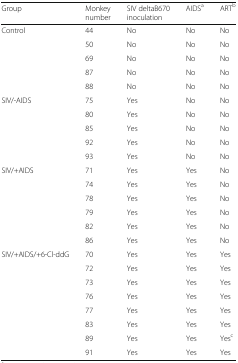
<table><thead><tr><td><b>Group</b></td><td><b>Monkey number</b></td><td><b>SIV deltaB670 inoculation</b></td><td><b>AIDS<sup>a</sup></b></td><td><b>ART<sup>b</sup></b></td></tr></thead><tbody><tr><td rowspan="5">Control</td><td>44</td><td>No</td><td>No</td><td>No</td></tr><tr><td>50</td><td>No</td><td>No</td><td>No</td></tr><tr><td>69</td><td>No</td><td>No</td><td>No</td></tr><tr><td>87</td><td>No</td><td>No</td><td>No</td></tr><tr><td>88</td><td>No</td><td>No</td><td>No</td></tr><tr><td rowspan="5">SIV/-AIDS</td><td>75</td><td>Yes</td><td>No</td><td>No</td></tr><tr><td>80</td><td>Yes</td><td>No</td><td>No</td></tr><tr><td>85</td><td>Yes</td><td>No</td><td>No</td></tr><tr><td>92</td><td>Yes</td><td>No</td><td>No</td></tr><tr><td>93</td><td>Yes</td><td>No</td><td>No</td></tr><tr><td rowspan="6">SIV/+AIDS</td><td>71</td><td>Yes</td><td>Yes</td><td>No</td></tr><tr><td>74</td><td>Yes</td><td>Yes</td><td>No</td></tr><tr><td>78</td><td>Yes</td><td>Yes</td><td>No</td></tr><tr><td>79</td><td>Yes</td><td>Yes</td><td>No</td></tr><tr><td>82</td><td>Yes</td><td>Yes</td><td>No</td></tr><tr><td>86</td><td>Yes</td><td>Yes</td><td>No</td></tr><tr><td rowspan="8">SIV/+AIDS/+6-Cl-ddG</td><td>70</td><td>Yes</td><td>Yes</td><td>Yes</td></tr><tr><td>72</td><td>Yes</td><td>Yes</td><td>Yes</td></tr><tr><td>73</td><td>Yes</td><td>Yes</td><td>Yes</td></tr><tr><td>76</td><td>Yes</td><td>Yes</td><td>Yes</td></tr><tr><td>77</td><td>Yes</td><td>Yes</td><td>Yes</td></tr><tr><td>83</td><td>Yes</td><td>Yes</td><td>Yes</td></tr><tr><td>89</td><td>Yes</td><td>Yes</td><td>Yes<sup>c</sup></td></tr><tr><td>91</td><td>Yes</td><td>Yes</td><td>Yes</td></tr></tbody></table>